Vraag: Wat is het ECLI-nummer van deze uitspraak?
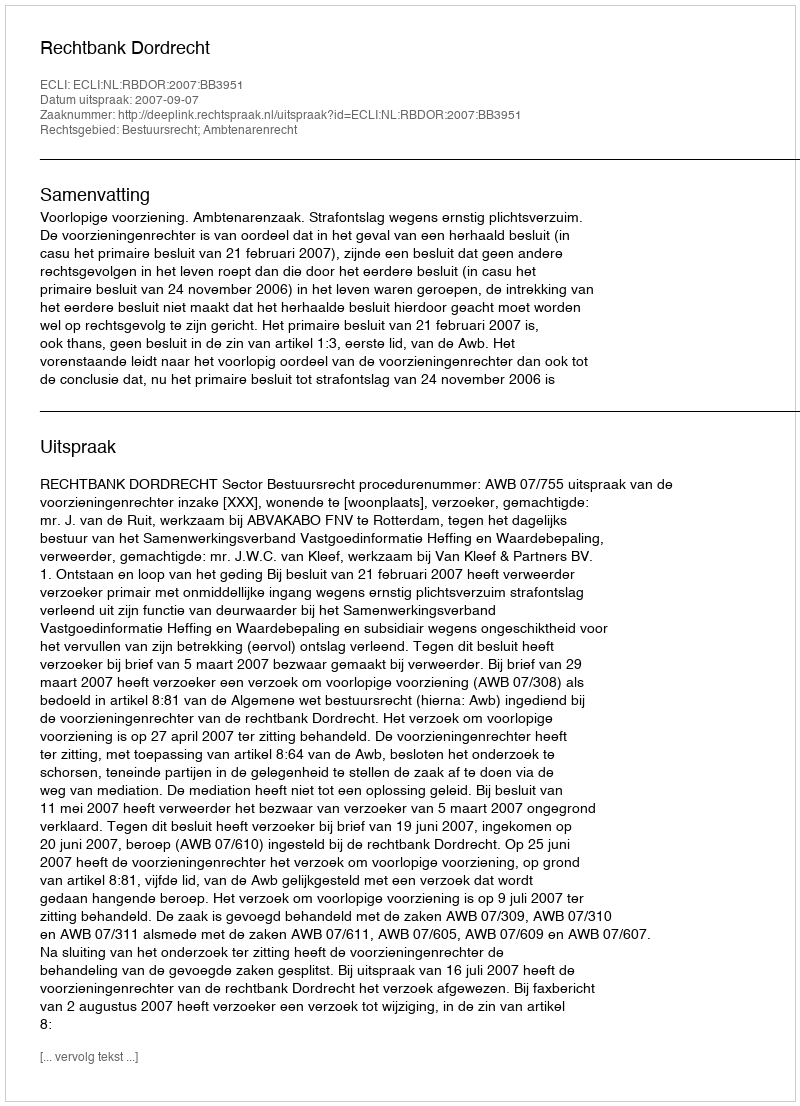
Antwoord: ECLI:NL:RBDOR:2007:BB3951